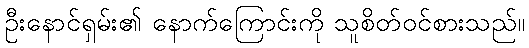
ဦးနောင်ရှမ်း၏ နောက်ကြောင်းကို သူစိတ်ဝင်စားသည်။